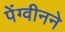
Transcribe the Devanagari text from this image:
पेंग्वीनने